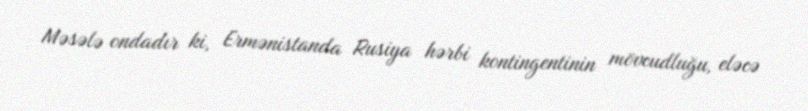
Məsələ ondadır ki, Ermənistanda Rusiya hərbi kontingentinin mövcudluğu, eləcə